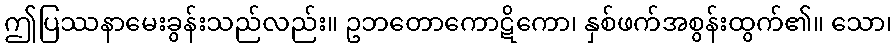
ဤပြဿနာမေးခွန်းသည်လည်း။ ဥဘတောကောဋိကော၊ နှစ်ဖက်အစွန်းထွက်၏။ သော၊